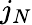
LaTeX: j_{N}